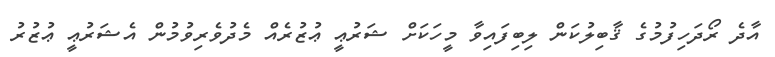
އާދެ ރޯދަހިފުމުގެ ޤާބިލުކަން ލިބިފައިވާ މީހަކަށް ޝަރުޢީ ޢުޒުރެއް މެދުވެރިވުމުން އެޝަރުޢީ ޢުޒުރު